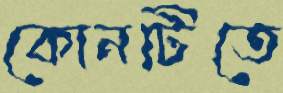
কোনটিতে